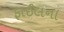
ફાઈલના